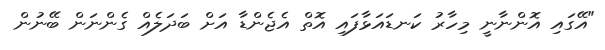
"އޭގައި އޮންނާނީ މިހާރު ކަނޑައަޅާފައި އޮތް އެޖެންޑާ އަށް ބަދަލެއް ގެންނަން ބޭނުން